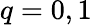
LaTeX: q=0,1